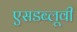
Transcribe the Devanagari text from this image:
एसडब्लूवी